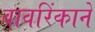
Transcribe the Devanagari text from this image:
वावरिंकाने